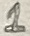
Text: 1